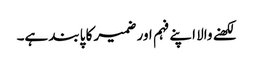
لکھنے والا اپنے فہم اور ضمیر کا پابند ہے۔